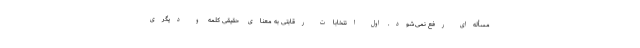
مسأله‌ای رفع نمی‌شود. اول انتخابات رقابتی به معنای حقیقی کلمه و دیگری